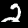
Digit: 2